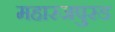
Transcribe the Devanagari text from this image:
महारजपुरड